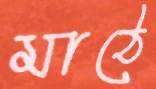
মাঠে